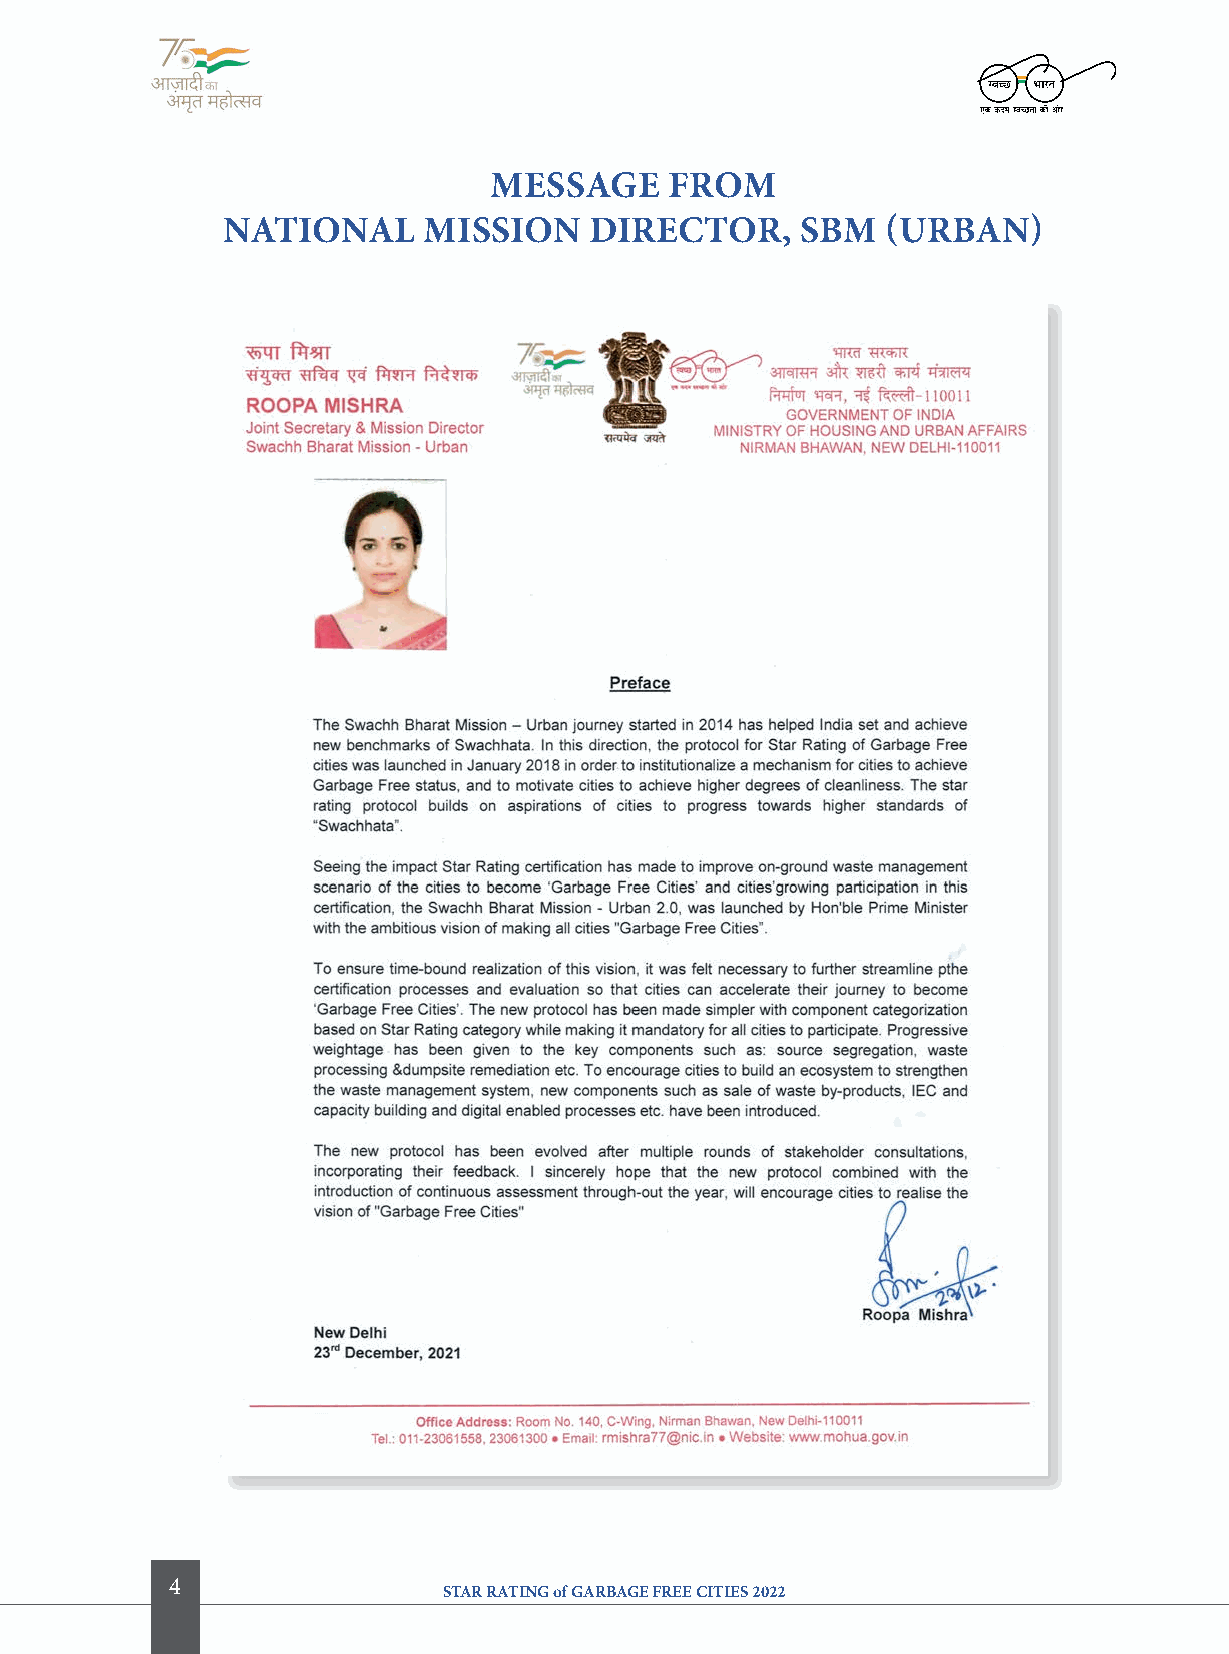
MeSSage     froM
 NatioNal     MiSSioN    Director,     SBM   (UrBaN)
 4
 STAR RATING of GARBAGE FREE CITIES 2022